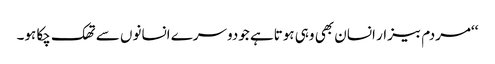
‘‘مردم بیزار انسان بھی وہی ہوتاہے جودوسرے انسانوں سے تھک چکا ہو۔